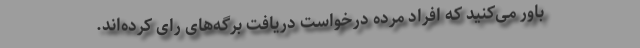
باور می‌کنید که افراد مٌرده درخواست دریافت برگه‌های رای کرده‌اند.